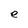
Character: e